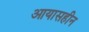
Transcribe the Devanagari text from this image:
आयासहीन